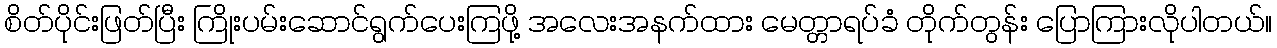
စိတ်ပိုင်းဖြတ်ပြီး ကြိုးပမ်းဆောင်ရွက်ပေးကြဖို့ အလေးအနက်ထား မေတ္တာရပ်ခံ တိုက်တွန်း ပြောကြားလိုပါတယ်။